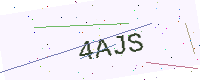
Text: 4AJS